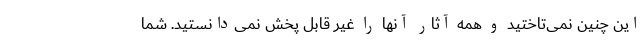
این چنین نمی‌تاختید و همه آثار آنها را غیر قابل پخش نمی‌دانستید. شما